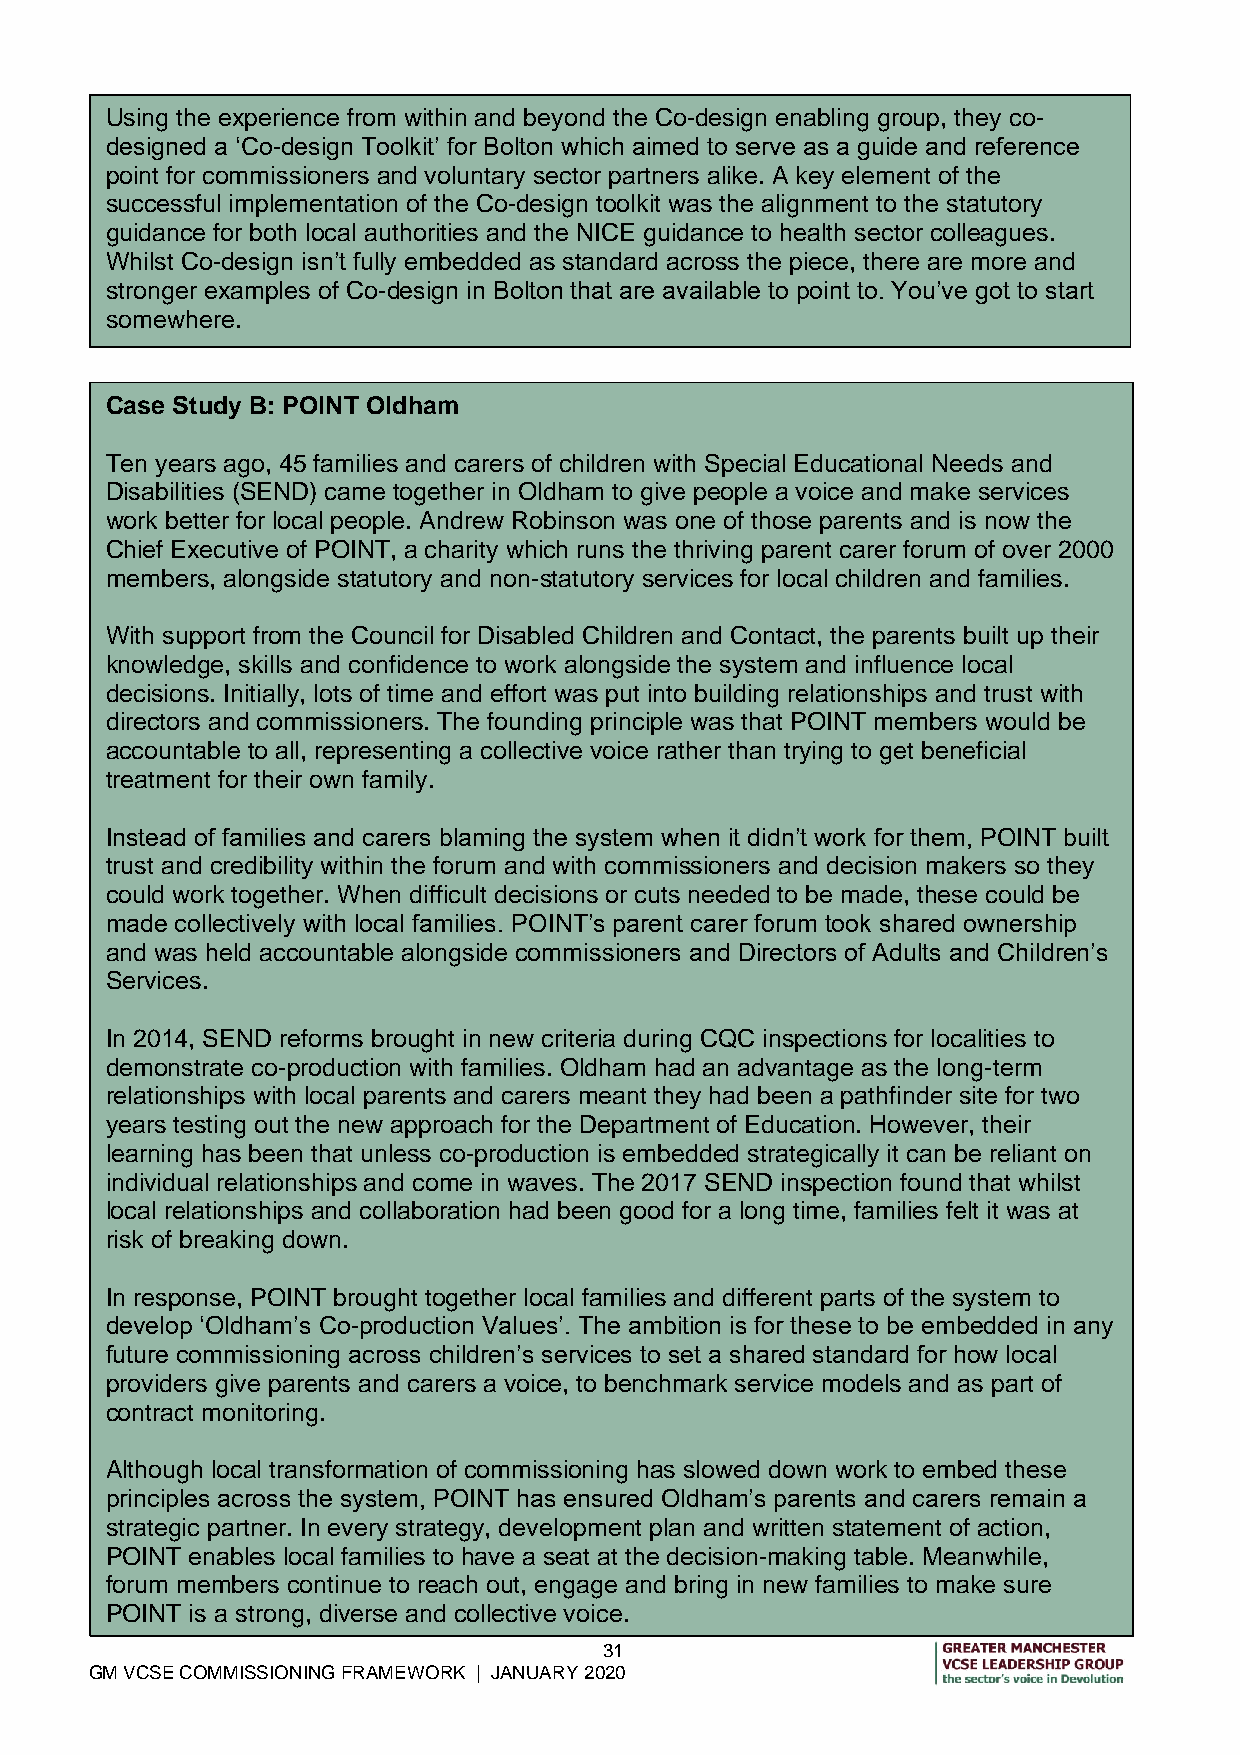
Using the experience from within and beyond the Co-design enabling group, they co-
 designed a ‘Co-design Toolkit’ for Bolton which aimed to serve as a guide and reference
 point for commissioners and voluntary sector partners alike. A key element of the
 successful implementation of the Co-design toolkit was the alignment to the statutory
 guidance for both local authorities and the NICE guidance to health sector colleagues.
 Whilst Co-design isn’t fully embedded as standard across the piece, there are more and
 stronger examples of Co-design in Bolton that are available to point to. You’ve got to start
 somewhere.
 Case Study B: POINT Oldham
 Ten years ago, 45 families and carers of children with Special Educational Needs and
 Disabilities (SEND) came together in Oldham to give people a voice and make services
 work better for local people. Andrew Robinson was one of those parents and is now the
 Chief Executive of POINT, a charity which runs the thriving parent carer forum of over 2000
 members, alongside statutory and non-statutory services for local children and families.
 With support from the Council for Disabled Children and Contact, the parents built up their
 knowledge, skills and confidence to work alongside the system and influence local
 decisions. Initially, lots of time and effort was put into building relationships and trust with
 directors and commissioners. The founding principle was that POINT members would be
 accountable to all, representing a collective voice rather than trying to get beneficial
 treatment for their own family.
 Instead of families and carers blaming the system when it didn’t work for them, POINT built
 trust and credibility within the forum and with commissioners and decision makers so they
 could work together. When difficult decisions or cuts needed to be made, these could be
 made collectively with local families. POINT’s parent carer forum took shared ownership
 and was held accountable alongside commissioners and Directors of Adults and Children’s
 Services.
 In 2014, SEND reforms brought in new criteria during CQC inspections for localities to
 demonstrate co-production with families. Oldham had an advantage as the long-term
 relationships with local parents and carers meant they had been a pathfinder site for two
 years testing out the new approach for the Department of Education. However, their
 learning has been that unless co-production is embedded strategically it can be reliant on
 individual relationships and come in waves. The 2017 SEND inspection found that whilst
 local relationships and collaboration had been good for a long time, families felt it was at
 risk of breaking down.
 In response, POINT brought together local families and different parts of the system to
 develop ‘Oldham’s Co-production Values’. The ambition is for these to be embedded in any
 future commissioning across children’s services to set a shared standard for how local
 providers give parents and carers a voice, to benchmark service models and as part of
 contract monitoring.
 Although local transformation of commissioning has slowed down work to embed these
 principles across the system, POINT has ensured Oldham’s parents and carers remain a
 strategic partner. In every strategy, development plan and written statement of action,
 POINT enables local families to have a seat at the decision-making table. Meanwhile,
 forum members continue to reach out, engage and bring in new families to make sure
 POINT is a strong, diverse and collective voice.
 31
 GM VCSE COMMISSIONING FRAMEWORK | JANUARY 2020